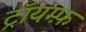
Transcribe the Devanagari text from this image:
ट्रॉयम्फ़